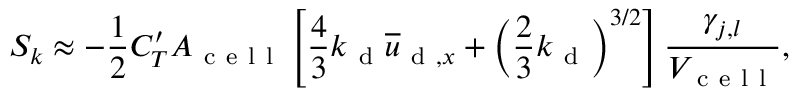
S _ { k } \approx - \frac { 1 } { 2 } C _ { T } ^ { \prime } A _ { \mathrm { ~ c ~ e ~ l ~ l ~ } } \left[ \frac { 4 } { 3 } k _ { \mathrm { ~ d ~ } } \overline { { u } } _ { \mathrm { ~ d ~ } , x } + \left( \frac { 2 } { 3 } k _ { \mathrm { ~ d ~ } } \right) ^ { 3 / 2 } \right] \frac { \gamma _ { j , l } } { V _ { \mathrm { ~ c ~ e ~ l ~ l ~ } } } ,